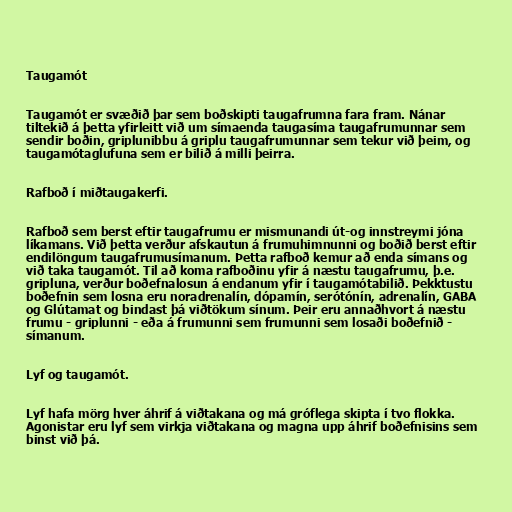
Taugamót

Taugamót er svæðið þar sem boðskipti taugafrumna fara fram. Nánar
tiltekið á þetta yfirleitt við um símaenda taugasíma taugafrumunnar sem
sendir boðin, griplunibbu á griplu taugafrumunnar sem tekur við þeim, og
taugamótaglufuna sem er bilið á milli þeirra.

Rafboð í miðtaugakerfi.

Rafboð sem berst eftir taugafrumu er mismunandi út-og innstreymi jóna
líkamans. Við þetta verður afskautun á frumuhimnunni og boðið berst eftir
endilöngum taugafrumusímanum. Þetta rafboð kemur að enda símans og
við taka taugamót. Til að koma rafboðinu yfir á næstu taugafrumu, þ.e.
gripluna, verður boðefnalosun á endanum yfir í taugamótabilið. Þekktustu
boðefnin sem losna eru noradrenalín, dópamín, serótónín, adrenalín, GABA
og Glútamat og bindast þá viðtökum sínum. Þeir eru annaðhvort á næstu
frumu - griplunni - eða á frumunni sem frumunni sem losaði boðefnið -
símanum.

Lyf og taugamót.

Lyf hafa mörg hver áhrif á viðtakana og má gróflega skipta í tvo flokka.
Agonistar eru lyf sem virkja viðtakana og magna upp áhrif boðefnisins sem
binst við þá.